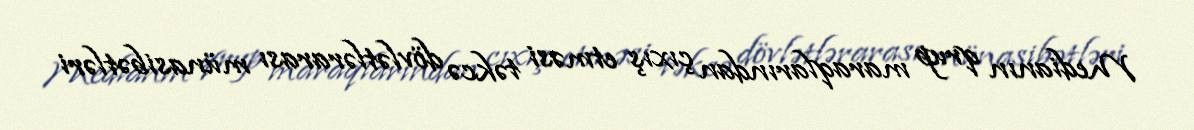
Medianın qrup maraqlarından çıxış etməsi təkcə dövlətlərarası münasibətləri